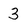
Character: 3